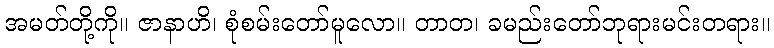
အမတ်တို့ကို။ ဇာနာဟိ၊ စုံစမ်းတော်မူလော။ တာတ၊ ခမည်းတော်ဘုရားမင်းတရား။